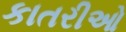
કાતરીઓ